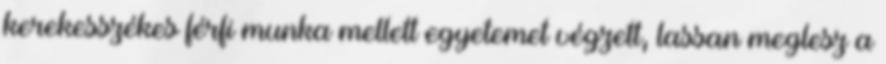
kerekesszékes férfi munka mellett egyetemet végzett, lassan meglesz a